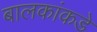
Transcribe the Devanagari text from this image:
बालकांकडे